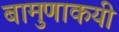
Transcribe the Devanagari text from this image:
बामुणाकयी